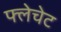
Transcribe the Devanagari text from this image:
फ्लेचेट